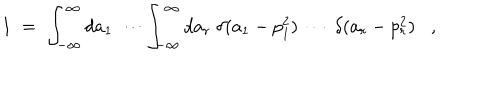
1 \; = \; \int _ { - \infty } ^ { \infty } d a _ { 1 } \: \cdots \int _ { - \infty } ^ { \infty } d a _ { r } \; \delta ( a _ { 1 } - p _ { 1 } ^ { 2 } ) \: \cdots \: \delta ( a _ { r } - p _ { r } ^ { 2 } ) ,